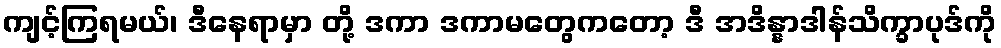
ကျင့်ကြရမယ်၊ ဒီနေရာမှာ တို့ ဒကာ ဒကာမတွေကတော့ ဒီ အဒိန္နာဒါန်သိက္ခာပုဒ်ကို